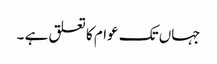
جہاں تک عوام کا تعلق ہے ۔